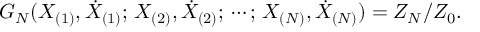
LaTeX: G _ { N } ( X _ { ( 1 ) } , \dot { X } _ { ( 1 ) } ; \, X _ { ( 2 ) } , \dot { X } _ { ( 2 ) } ; \, \cdots ; \, X _ { ( N ) } , \dot { X } _ { ( N ) } ) = Z _ { N } / Z _ { 0 } .